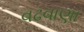
વઢવાણા